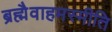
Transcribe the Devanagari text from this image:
ब्रह्मैवाहमस्मीति